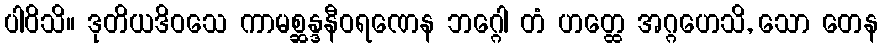
ပါဝိသိ။ ဒုတိယဒိဝသေ ကာမစ္ဆန္ဒနီဝရဏေန ဘဂ္ဂေါ တံ ဟတ္ထေ အဂ္ဂဟေသိ, သော တေန